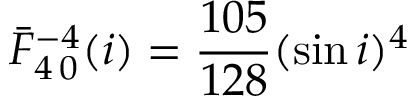
\bar { F } _ { 4 \, 0 } ^ { - 4 } ( i ) = \frac { 1 0 5 } { 1 2 8 } ( \sin i ) ^ { 4 }